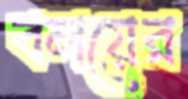
বলয়ের